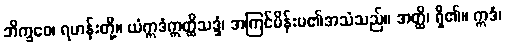
ဘိက္ခဝေ၊ ရဟန်းတို့။ ယံဣဒံဣတ္ထိသဒ္ဒံ၊ အကြင်မိန်းမ၏အသံသည်။ အတ္ထိ၊ ရှိ၏။ ဣဒံ၊